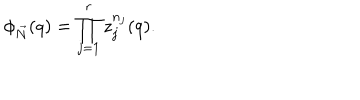
\phi _ { \vec { N } } ( q ) = \prod _ { j = 1 } ^ { r } z _ { j } ^ { n _ { j } } ( q ) .